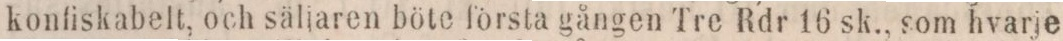
konfiskabelt, och säliaren böte första gången Tre Rdr 16 sk., som hvarje